Vaccination North-Western Provinces 1866-1877 - 1866-1877
Year: 1866
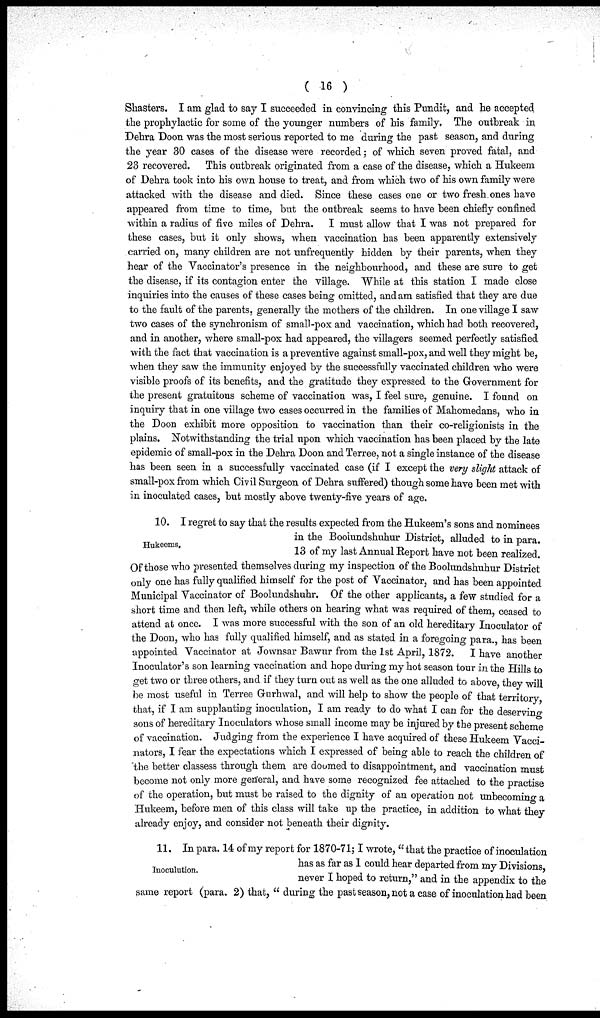
( 16 )
Shasters. I am glad to say I succeeded in convincing this Pundit, and he accepted
the prophylactic for some of the younger numbers of his family. The outbreak in
Dehra Doon was the most serious reported to me during the past season, and during
the year 30 cases of the disease were recorded; of which seven proved fatal, and
23 recovered.
This outbreak originated from a case of the disease, which a Hukeem
of Dehra took into his own house to treat, and from which two of his own family were
attacked with the disease and died. Since these cases one or two fresh ones have
appeared from time to time, but the outbreak seems to have been chiefly confined
within a radius of five miles of Dehra. I must allow that I was not prepared for
these cases, but it only shows, when vaccination has been apparently extensively
carried on, many children are not unfrequently hidden by their parents, when they
hear of the Vaccinator's presence in the neighbourhood, and these are sure to get
the disease, if its contagion enter the village. While at this station I made close
inquiries into the causes of these cases being omitted, and am satisfied that they are due
to the fault of the parents, generally the mothers of the children. In one village I saw
two cases of the synchronism of small-pox and vaccination, which had both recovered,
and in another, where small-pox had appeared, the villagers seemed perfectly satisfied
with the fact that vaccination is a preventive against small-pox, and well they might be,
when they saw the immunity enjoyed by the successfully vaccinated children who were
visible proofs of its benefits, and the gratitude they expressed to the Government for
the present gratuitous scheme of vaccination was, I feel sure, genuine. I found on
inquiry that in one village two cases occurred in the families of Mahomedans, who in
the Doon exhibit more opposition to vaccination than their co-religionists in the
plains. Notwithstanding the trial upon which vaccination has been placed by the late
epidemic of small-pox in the Dehra Doon and Terree, not a single instance of the disease
has been seen in a successfully vaccinated case (if I except the very slight attack of
small-pox from which Civil Surgeon of Dehra suffered) though some have been met with
in inoculated cases, but mostly above twenty-five years of age.
Hukeems,
10. I regret to say that the results expected from the Hukeem's sons and nominees
in the Booìundshuhur District, alluded to in para.
13 of my last Annual Report have not been realized.
Of those who presented themselves during my inspection of the Booìundshuhur District
only one has fully qualified himself for the post of Vaccinator, and has been appointed
Municipal Vaccinator of Boolundshuhr. Of the other applicants, a few studied for a
short time and then left, while others on hearing what was required of them, ceased to
attend at once. I was more successful with the son of an old hereditary Inoculator of
the Doon, who has fully qualified himself, and as stated in a foregoing para., has been
appointed Vaccinator at Jownsar Bawur from the 1st April, 1872.
I have another
Inoculator's son learning vaccination and hope during my hot season tour in the Hills to
get two or three others, and if they turn out as well as the one alluded to above, they will
be most useful in Terree Gurhwal, and will help to show the people of that territory,
that, if I am supplanting inoculation, I am ready to do what I can for the deserving
sons of hereditary Inoculators whose small income may be injured by the present scheme
of vaccination. Judging from the experience I have acquired of these Hukeem Vacci¬
nators, I fear the expectations which I expressed of being able to reach the children of
the better classess through them are doomed to disappointment, and vaccination must
become not only more general, and have some recognized fee attached to the practise
of the operation, but must be raised to the dignity of an operation not unbecoming a
Hukeem, before men of this class will take up the practice, in addition to what they
already enjoy, and consider not beneath their dignity.
Inoculution.
11. In para. 14 of my report for 1870-71; I wrote, "that the practice of inoculation
has as far as I could hear departed from my Divisions,
never I hoped to return," and in the appendix to the
same report (para. 2) that, " during the past season, not a case of inoculation had been